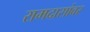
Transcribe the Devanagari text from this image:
रामदासांवर